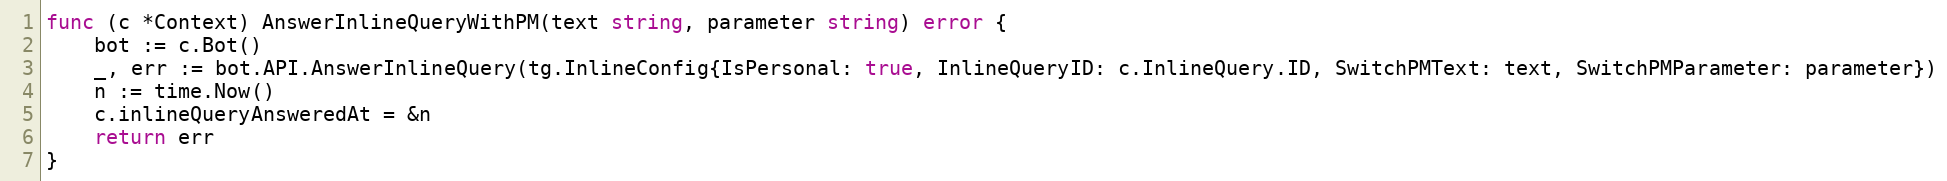
Language: Go
func (c *Context) AnswerInlineQueryWithPM(text string, parameter string) error {
	bot := c.Bot()
	_, err := bot.API.AnswerInlineQuery(tg.InlineConfig{IsPersonal: true, InlineQueryID: c.InlineQuery.ID, SwitchPMText: text, SwitchPMParameter: parameter})
	n := time.Now()
	c.inlineQueryAnsweredAt = &n
	return err
}